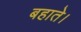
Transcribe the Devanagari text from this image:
बहाते।